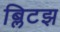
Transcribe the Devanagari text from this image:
ब्लिटझ